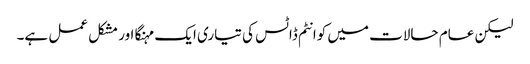
لیکن عام حالات میں کوانٹم ڈاٹس کی تیاری ایک مہنگا اور مشکل عمل ہے۔